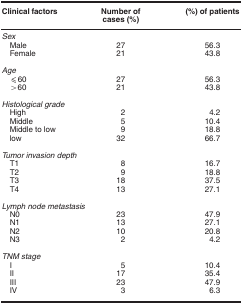
| Clinical factors | Number of cases (%) | (%) of patients |
 | --- | --- | --- |
 | Sex |  |  |
 | Male | 27 | 56.3 |
 | Female | 21 | 43.8 |
 |  |  |  |
 | <COLSPAN=3> Age |
 | ⩽60 | 27 | 56.3 |
 | >60 | 21 | 43.8 |
 |  |  |  |
 | <COLSPAN=3> Histological grade |
 | High | 2 | 4.2 |
 | Middle | 5 | 10.4 |
 | Middle to low | 9 | 18.8 |
 | low | 32 | 66.7 |
 |  |  |  |
 | <COLSPAN=3> Tumor invasion depth |
 | T1 | 8 | 16.7 |
 | T2 | 9 | 18.8 |
 | T3 | 18 | 37.5 |
 | T4 | 13 | 27.1 |
 |  |  |  |
 | <COLSPAN=3> Lymph node metastasis |
 | N0 | 23 | 47.9 |
 | N1 | 13 | 27.1 |
 | N2 | 10 | 20.8 |
 | N3 | 2 | 4.2 |
 |  |  |  |
 | <COLSPAN=3> TNM stage |
 | I | 5 | 10.4 |
 | II | 17 | 35.4 |
 | III | 23 | 47.9 |
 | IV | 3 | 6.3 |